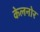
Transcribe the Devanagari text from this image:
केलनोर